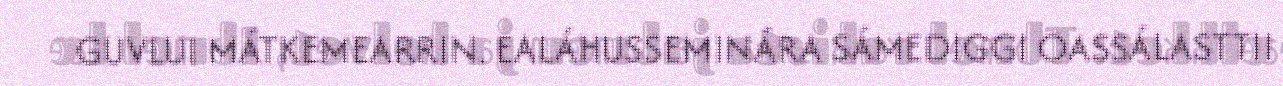
GUVLUI MÁTKEMEARRIN. EALÁHUSSEMINÁRA SÁMEDIGGI OASSÁLASTTII